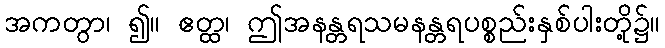
အကတွာ၊ ၍။ ဧတ္ထ၊ ဤအနန္တရသမနန္တရပစ္စည်းနှစ်ပါးတို့၌။